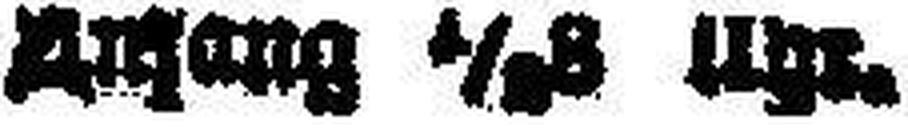
A###ang 1/###8 Uhr